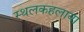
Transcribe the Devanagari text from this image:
स्थलकहलाया